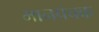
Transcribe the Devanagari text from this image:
मानपंचक